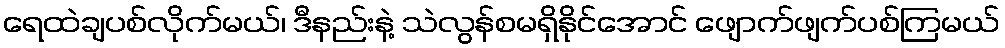
ရေထဲချပစ်လိုက်မယ်၊ ဒီနည်းနဲ့ သဲလွန်စမရှိနိုင်အောင် ဖျောက်ဖျက်ပစ်ကြမယ်